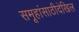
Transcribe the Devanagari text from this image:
समूहांसाठीदेखिल